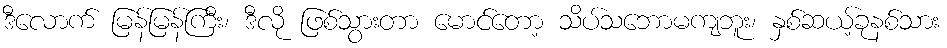
ဒီလောက် မြန်မြန်ကြီး၊ ဒီလို ဖြစ်သွားတာ မောင်တော့ သိပ်သဘောမကျဘူး၊ နှစ်ဆယ့်ခုနစ်သား